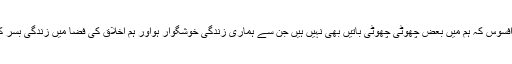
علامہ اقبال اپنے خطاب میں مزید فرماتے ہیں کہ” افسوس کہ ہم میں بعض چھوٹی چھوٹی باتیں بھی نہیں ہیں جن سے ہماری زندگی خوشگوار ہواور ہم اخلاق کی فضا میں زندگی بسر کرکے ایک دوسرے کے لئے باعث رحمت ہوجائیں۔